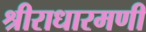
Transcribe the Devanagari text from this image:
श्रीराधारमणी